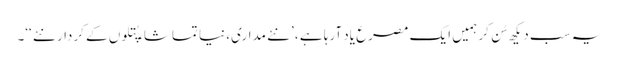
یہ سب دیکھ سُن کر ہمیں ایک مصرع یاد آرہا ہے ، ’نئے مداری، نیا تماشا، پُتلوں کے کردار نئے ‘‘۔